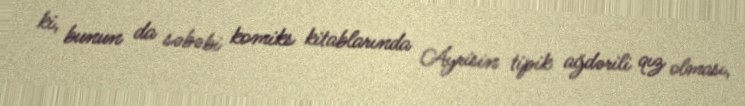
ki, bunun da səbəbi komiks kitablarında Ayrisin tipik ağdərili qız olması,